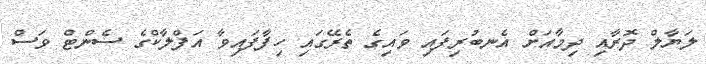
ލަޔާލް ދޮރާއި ދިމާއަށް އެނބުރިފައި ވައިގެ ތެރޭގައި ހިފާފައިވާ އަފްލާކްގެ ސެންޓް ވަސް